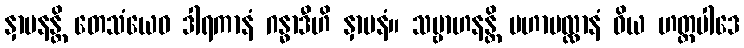
နှာပနန္တိ တေသံယေဝ ဒါရကာနံ ဂန္ဓာဒီဟိ နှာပနံ။ သမ္ဗာဟနန္တိ မဟာမလ္လာနံ ဝိယ ဟတ္ထပါဒေ